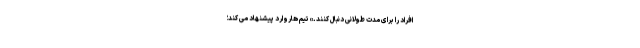
افراد را برای مدت طولانی دنبال کنند.» تیم هاروارد پیشنهاد می کند؛